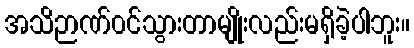
အသိဉာဏ်၀င်သွားတာမျိုးလည်းမရှိခဲ့ပါဘူး။